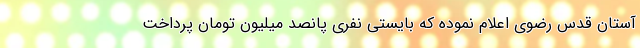
آستان قدس رضوی اعلام نموده که بایستی نفری پانصد میلیون تومان پرداخت